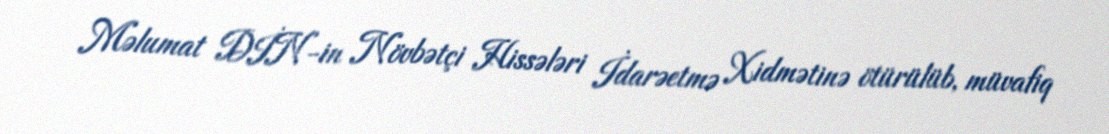
Məlumat DİN-in Növbətçi Hissələri İdarəetmə Xidmətinə ötürülüb, müvafiq